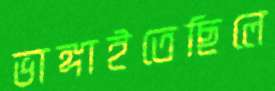
ভাঙ্গাইতেছিলে